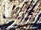
كيف